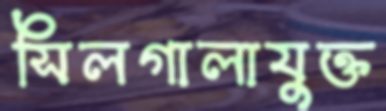
সিলগালাযুক্ত